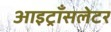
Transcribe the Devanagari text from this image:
आइट्राँसलेटर